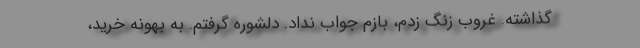
گذاشته. غروب زنگ زدم، بازم جواب نداد. دلشوره گرفتم. به بهونه خرید،